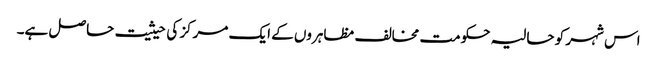
اس شہر کو حالیہ حکومت مخالف مظاہروں کے ایک مرکز کی حیثیت حاصل ہے۔